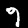
Digit: 9